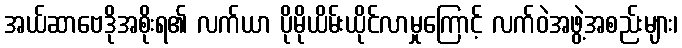
အယ်ဆာဗေဒိုအစိုးရ၏ လက်ယာ ပိုမိုယိမ်းယိုင်လာမှုကြောင့် လက်ဝဲအဖွဲ့အစည်းများ၊